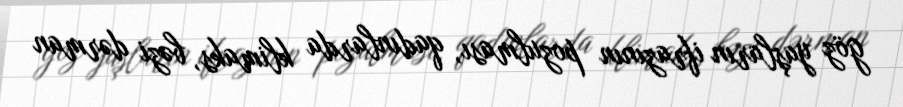
göz yaşların ifrazının pozulması, qadınlarda klimaks, bəzi dərman